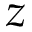
z